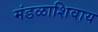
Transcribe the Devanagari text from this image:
मंडळाशिवाय